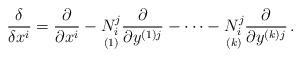
LaTeX: \begin{align*}\displaystyle\frac \delta {\delta x^i}=\displaystyle\frac \partial{\partial x^i}-\underset{(1)}{ N_i^j}\displaystyle\frac \partial{\partial y^{(1)j}}-\cdots -\underset{(k)}{N_i^j}\displaystyle\frac \partial {\partial y^{(k)j}} \, .\end{align*}